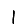
Digit: 1